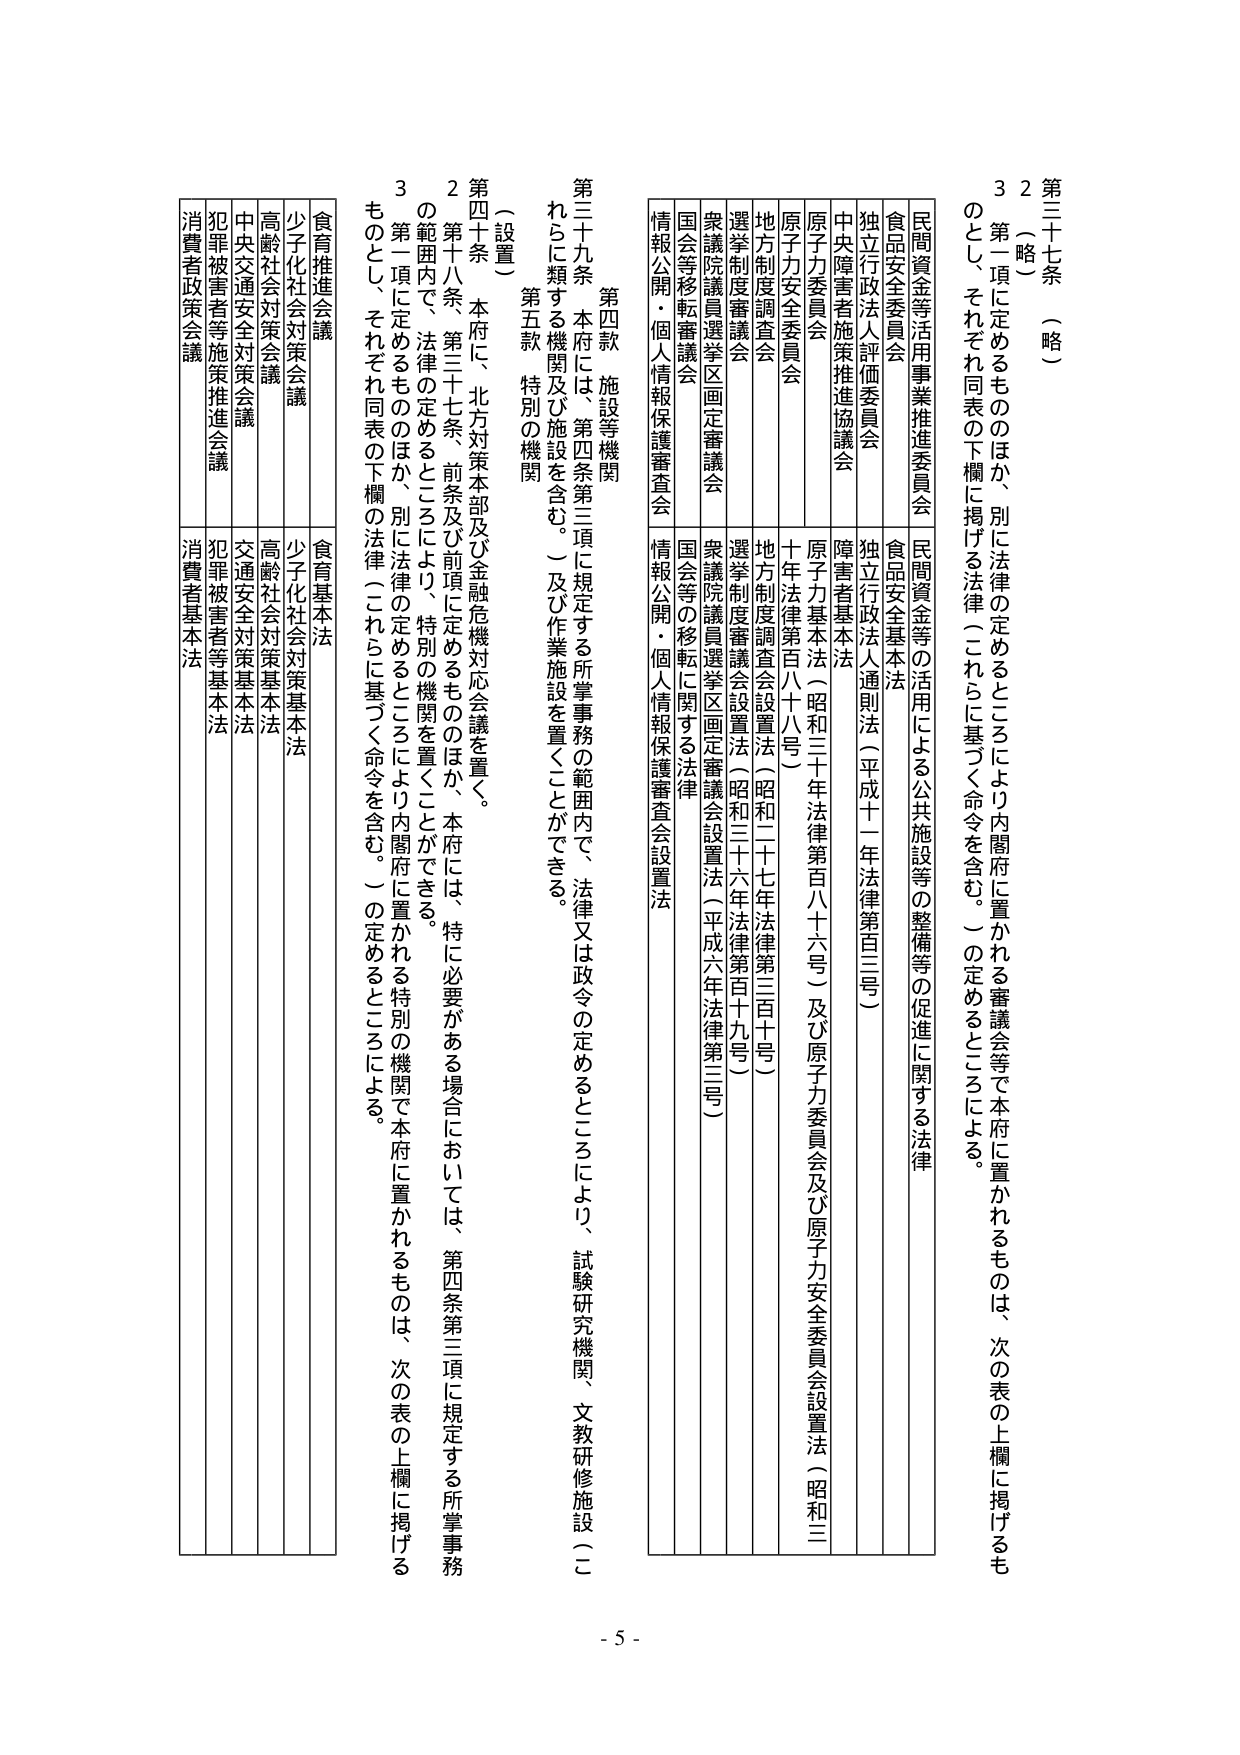
第三十七条 （略）

２（略）

３ 第一項に定めるもののほか、別に法律の定めるところにより内閣府に置かれる審議会等で本府に置かれるものは、次の表の上欄に掲げるもののとし、それぞれ同表の下欄に掲げる法律（これらに基づく命令を含む。）の定めるところによる。

民間資金等活用事業推進委員会　　民間資金等の活用による公共施設等の整備等の促進に関する法律
食品安全委員会　　　　　　　　　食品安全基本法
独立行政法人評価委員会　　　　　独立行政法人通則法（平成十一年法律第百三号）
中央障害者施策推進協議会　　　　障害者基本法
原子力委員会　　　　　　　　　　原子力基本法（昭和三十年法律第百八十六号）及び原子力委員会及び原子力安全委員会設置法（昭和三十年法律第百八十八号）
原子力安全委員会　　　　　　　　原子力基本法（昭和三十年法律第百八十六号）及び原子力委員会及び原子力安全委員会設置法（昭和三十年法律第百八十八号）
地方制度調査会　　　　　　　　　地方制度調査会設置法（昭和二十七年法律第三百十号）
選挙制度審議会　　　　　　　　　選挙制度審議会設置法（昭和三十六年法律第百十九号）
衆議院議員選挙区画定審議会　　衆議院議員選挙区画定審議会設置法（平成六年法律第三号）
国会等移転審議会　　　　　　　　国会等の移転に関する法律
情報公開・個人情報保護審査会　　情報公開・個人情報保護審査会設置法

第四款 施設等機関

第三十九条 本府には、第四条第三項に規定する所掌事務の範囲内で、法律又は政令の定めるところにより、試験研究機関、文教研修施設（これらに類する機関及び施設を含む。）及び作業施設を置くことができる。

第五款 特別の機関

（設置）

第四十条 本府に、北方対策本部及び金融危機対応会議を置く。

２ 第十八条、第三十七条、前条及び前項に定めるもののほか、本府には、特に必要がある場合においては、第四条第三項に規定する所掌事務の範囲内で、法律の定めるところにより、特別の機関を置くことができる。

３ 第一項に定めるもののほか、別に法律の定めるところにより内閣府に置かれる特別の機関で本府に置かれるものは、次の表の上欄に掲げるものとし、それぞれ同表の下欄の法律（これらに基づく命令を含む。）の定めるところによる。

食育推進会議　　　　　　　　　食育基本法
少子化社会対策会議　　　　　　少子化社会対策基本法
高齢社会対策会議　　　　　　　高齢社会対策基本法
中央交通安全対策会議　　　　　交通安全対策基本法
犯罪被害者等施策推進会議　　　犯罪被害者等基本法
消費者政策会議　　　　　　　　消費者基本法

- 5 -